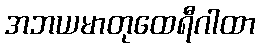
အဘယမာတုထေရီဂါထာ